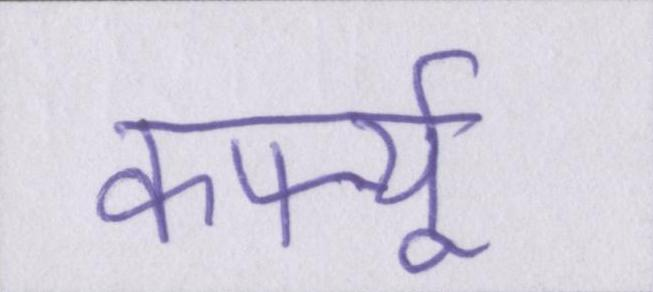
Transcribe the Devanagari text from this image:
कर्फ्यू